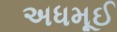
અધમૂઈ